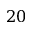
2 0